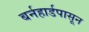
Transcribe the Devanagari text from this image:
बर्नहार्डपासून